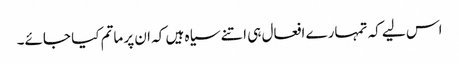
اس لیے کہ تمہارے افعال ہی اتنے سیاہ ہیں کہ ان پر ماتم کیا جائے۔